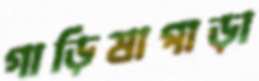
গাড়িষাপাড়া